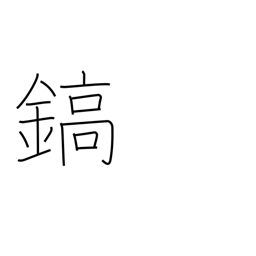
Meaning: sword-blade ridges